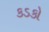
કડકો